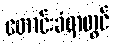
တောင်းခံရာတွင်